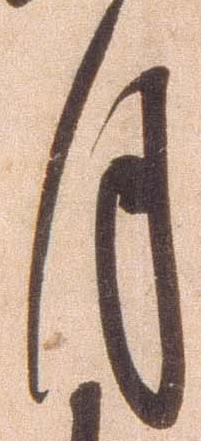
月